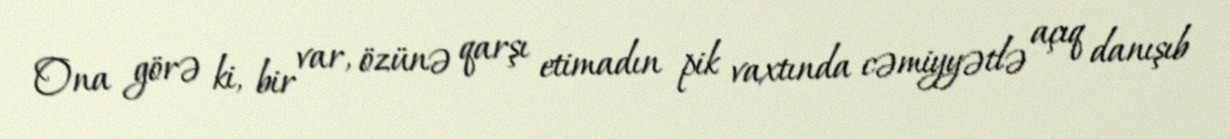
Ona görə ki, bir var, özünə qarşı etimadın pik vaxtında cəmiyyətlə açıq danışıb